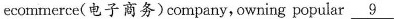
ecornmerce(电子商务)company,owring popular \underline{9}